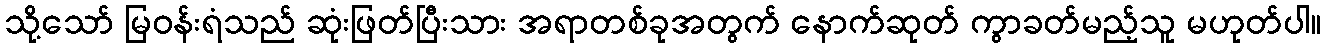
သို့သော် မြဝန်းရံသည် ဆုံးဖြတ်ပြီးသား အရာတစ်ခုအတွက် နောက်ဆုတ် ကွာခတ်မည့်သူ မဟုတ်ပါ။